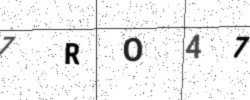
Text: 7RO47